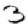
Digit: 3